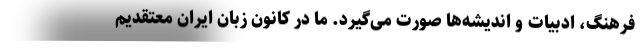
فرهنگ، ادبیات و اندیشه‌ها صورت می‌گیرد. ما در کانون زبان ایران معتقدیم